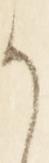
か